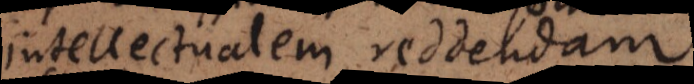
intellectualem reddendam